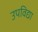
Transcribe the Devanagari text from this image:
उपविद्या